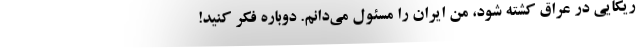
ریکایی در عراق کشته شود، من ایران را مسئول می‌دانم. دوباره فکر کنید!